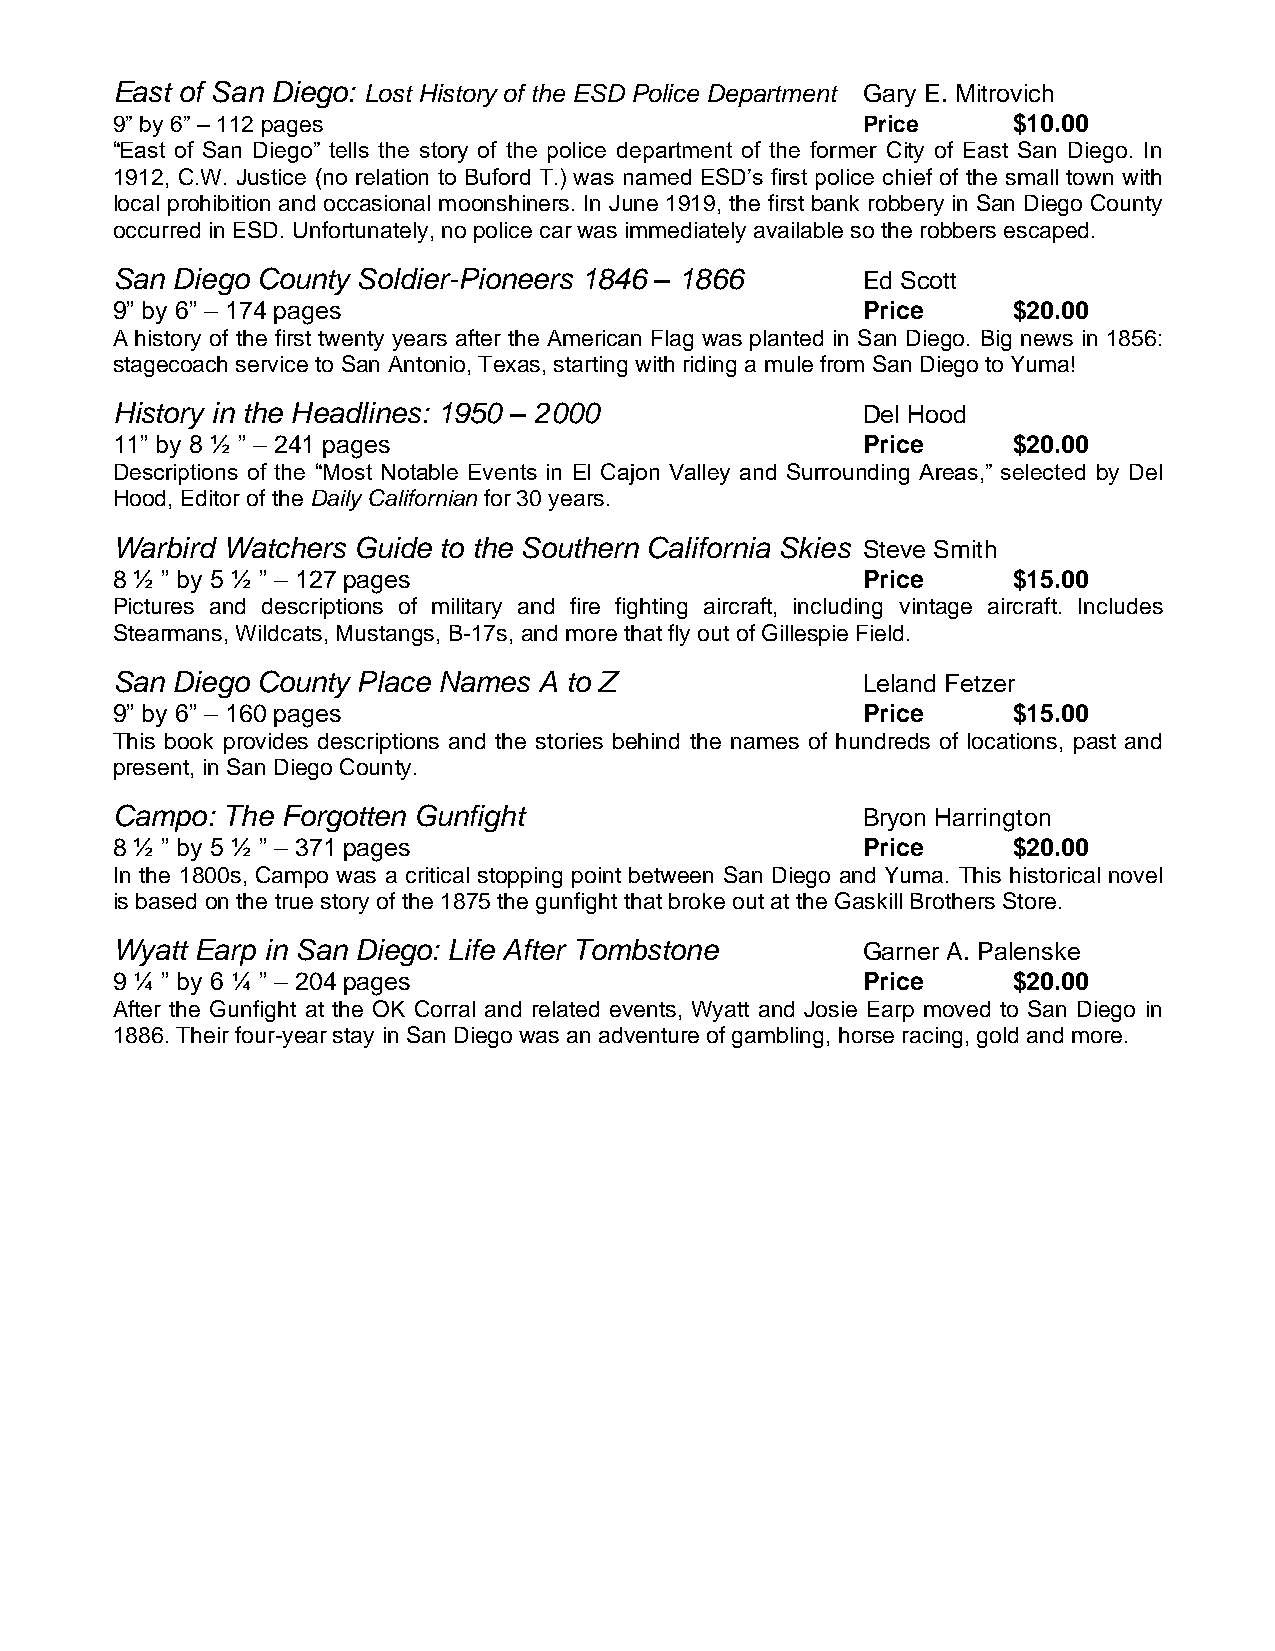
East of San Diego: Lost History of the ESD Police Department Gary E. Mitrovich
 9” by 6” – 112 pages                              Price     $10.00
 “East of San Diego” tells the story of the police department of the former City of East San Diego. In
 1912, C.W. Justice (no relation to Buford T.) was named ESD’s first police chief of the small town with
 local prohibition and occasional moonshiners. In June 1919, the first bank robbery in San Diego County
 occurred in ESD. Unfortunately, no police car was immediately available so the robbers escaped.
 San Diego County Soldier-Pioneers 1846 – 1866     Ed Scott
 9” by 6” – 174 pages                              Price     $20.00
 A history of the first twenty years after the American Flag was planted in San Diego. Big news in 1856:
 stagecoach service to San Antonio, Texas, starting with riding a mule from San Diego to Yuma!
 History in the Headlines: 1950 – 2000             Del Hood
 11” by 8 ½ ” – 241 pages                          Price     $20.00
 Descriptions of the “Most Notable Events in El Cajon Valley and Surrounding Areas,” selected by Del
 Hood, Editor of the Daily Californian for 30 years.
 Warbird Watchers Guide to the Southern California Skies Steve Smith
 8 ½ ” by 5 ½ ” – 127 pages                        Price     $15.00
 Pictures and descriptions of military and fire fighting aircraft, including vintage aircraft. Includes
 Stearmans, Wildcats, Mustangs, B-17s, and more that fly out of Gillespie Field.
 San Diego County Place Names A to Z               Leland Fetzer
 9” by 6” – 160 pages                              Price     $15.00
 This book provides descriptions and the stories behind the names of hundreds of locations, past and
 present, in San Diego County.
 Campo:  The Forgotten Gunfight                    Bryon Harrington
 8 ½ ” by 5 ½ ” – 371 pages                        Price     $20.00
 In the 1800s, Campo was a critical stopping point between San Diego and Yuma. This historical novel
 is based on the true story of the 1875 the gunfight that broke out at the Gaskill Brothers Store.
 Wyatt Earp in San Diego: Life After Tombstone     Garner A. Palenske
 9 ¼ ” by 6 ¼ ” – 204 pages                        Price     $20.00
 After the Gunfight at the OK Corral and related events, Wyatt and Josie Earp moved to San Diego in
 1886. Their four-year stay in San Diego was an adventure of gambling, horse racing, gold and more.